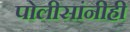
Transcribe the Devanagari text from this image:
पोलीसांनीही